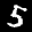
Label: 5